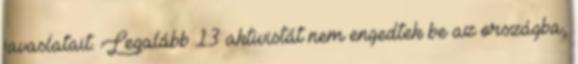
javaslatait. Legalább 13 aktivistát nem engedtek be az országba,